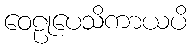
ဝေဠုပေသိကာယပိ